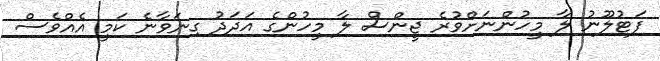
ފަޓުލޫނު ލާ މީހުންނަށްވުރެ ޖީންސް ލާ މީހުންގެ އަދަދު ގިނަވާނެ ކަމީ އެއްވެސް